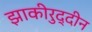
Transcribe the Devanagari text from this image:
झाकीरुद्दीन